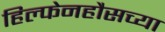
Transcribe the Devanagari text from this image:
हिल्फेनहौसच्या